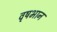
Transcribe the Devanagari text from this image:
वृषभान